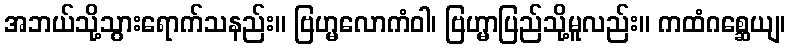
အဘယ်သို့သွားရောက်သနည်း။ ဗြဟ္မလောကံဝါ၊ ဗြဟ္မာပြည်သို့မူလည်း။ ကထံဂစ္ဆေယျ၊